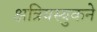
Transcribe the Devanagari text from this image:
क्षत्रियस्युकने